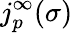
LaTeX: j_{p}^{\infty}(\sigma)